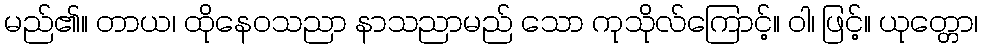
မည်၏။ တာယ၊ ထိုနေဝသညာ နာသညာမည် သော ကုသိုလ်ကြောင့်။ ဝါ၊ ဖြင့်။ ယုတ္တော၊